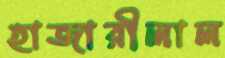
হাজারীলাল